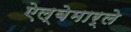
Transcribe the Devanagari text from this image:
ऐल्बेमार्ले